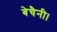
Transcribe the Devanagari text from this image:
बेचैनी।